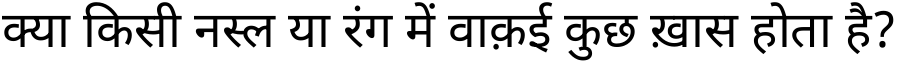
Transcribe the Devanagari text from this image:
क्या किसी नस्ल या रंग में वाक़ई कुछ ख़ास होता है?